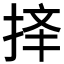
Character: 𱠆